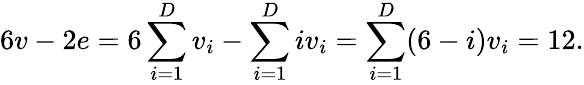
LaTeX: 6v-2e=6\sum_{i=1}^{D}v_{i}-\sum_{i=1}^{D}iv_{i}=\sum_{i=1}^{D}(6-i)v_{i}=12.